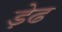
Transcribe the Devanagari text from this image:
ड़ेढ